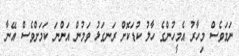
ނަމަވެސް މިހާރު އެމީހުންގެ ހާލު ކުޑަކޮށް ރަނގަޅު ވަމުން އަންނަ ކަމަށްވެސް އޭނާ